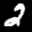
Label: 2